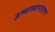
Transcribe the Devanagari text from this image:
ऊष्मास्थानांतरण